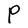
Character: P